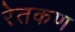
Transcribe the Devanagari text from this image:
रेतकण